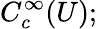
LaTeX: C_{c}^{\infty}(U);